Civil Veterinary Department. Central Provinces & Berar 1932-41 - 1932-1941
Year: 1932
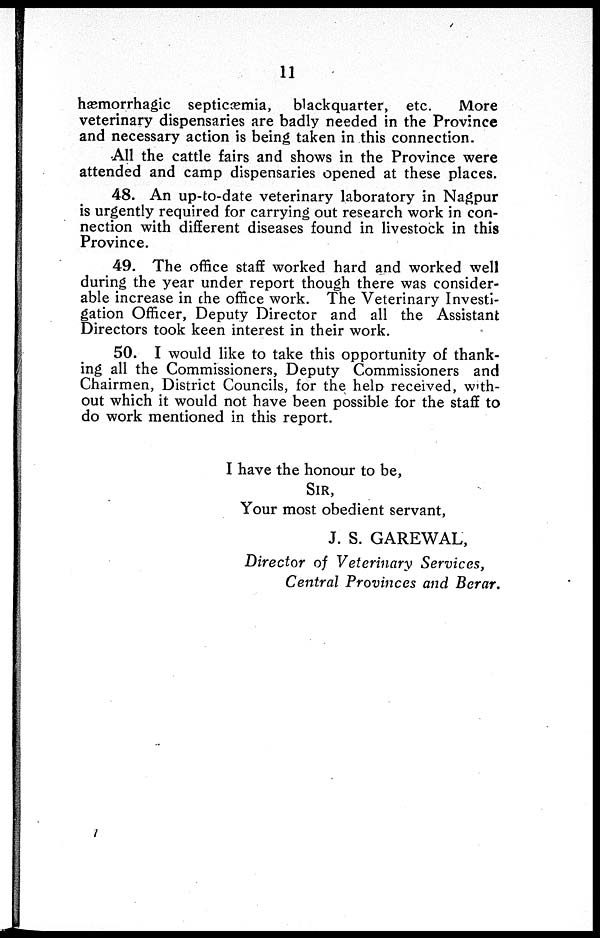
11
hæmorrhagic septicæmia, blackquarter, etc.
More
veterinary dispensaries are badly needed in the Province
and necessary action is being taken in this connection.
All the cattle fairs and shows in the Province were
attended and camp dispensaries opened at these places.
48. An up-to-date veterinary laboratory in Nagpur
is urgently required for carrying out research work in con-
nection with different diseases found in livestock in this
Province.
49. The office staff worked hard and worked well
during the year under report though there was consider-
able increase in the office work. The Veterinary Investi-
gation Officer, Deputy Director and all the Assistant
Directors took keen interest in their work.
50. I would like to take this opportunity of thank-
ing all the Commissioners, Deputy Commissioners and
Chairmen, District Councils, for the help received, with-
out which it would not have been possible for the staff to
do work mentioned in this report.
I have the honour to be,
SIR,
Your most obedient servant,
J. S. GAREWAL,
Director of Veterinary Services,
Central Provinces and Berar.